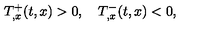
T _ { , x } ^ { + } ( t , x ) > 0 , \quad T _ { , x } ^ { - } ( t , x ) < 0 ,